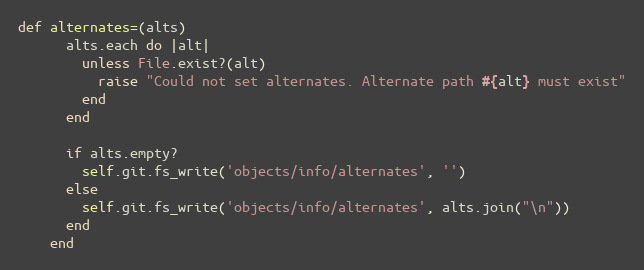
Language: Ruby
def alternates=(alts)
      alts.each do |alt|
        unless File.exist?(alt)
          raise "Could not set alternates. Alternate path #{alt} must exist"
        end
      end

      if alts.empty?
        self.git.fs_write('objects/info/alternates', '')
      else
        self.git.fs_write('objects/info/alternates', alts.join("\n"))
      end
    end